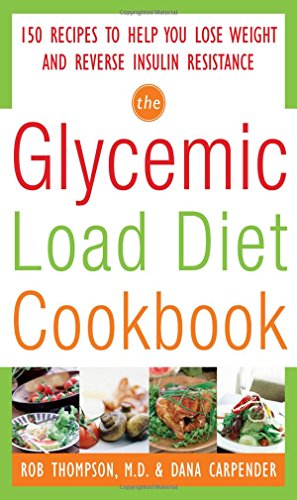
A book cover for The Glycemic-Load Diet Cookbook: 150 Recipes to Help You Lose Weight and Reverse Insulin Resistance; Rob Thompson; Cookbooks, Food & Wine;